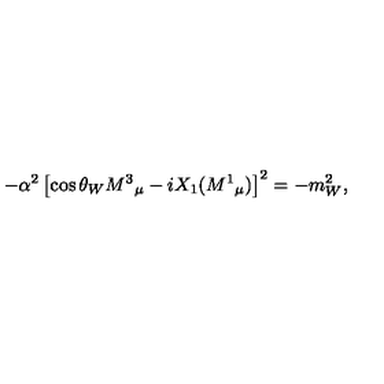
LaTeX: - \alpha ^ { 2 } \left[ \cos \theta _ { W } M ^ { 3 } { } _ { \mu } - i X _ { 1 } ( M ^ { 1 } { } _ { \mu } ) \right] ^ { 2 } = - m _ { W } ^ { 2 } ,